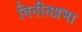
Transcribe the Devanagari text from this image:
विनीतप्रभा